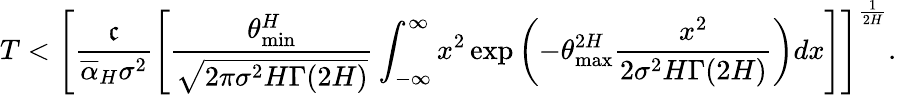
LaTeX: T<\left[\frac{\mathfrak c}{\overline{\alpha}_{H}\sigma^{2}}\left[\frac{\theta_{\operatorname*{min}}^{H}}{\sqrt{2\pi\sigma^{2}H\Gamma(2H)}}\int_{-\infty}^{\infty}x^{2}\exp\left(-\theta_{\operatorname*{max}}^{2H}\frac{x^{2}}{2\sigma^{2}H\Gamma(2H)}\right)dx\right]\right]^{\frac{1}{2H}}.